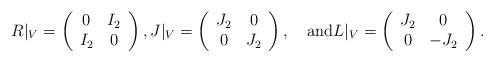
LaTeX: \begin{align*}R|_V=\left(\begin{array}{cc}0&I_2\\I_2&0\\\end{array}\right), J|_V=\left(\begin{array}{cc}J_2&0\\0&J_2\\\end{array}\right), \quad\hbox{and}L|_V=\left(\begin{array}{cc}J_2&0\\0&-J_2\\\end{array}\right).\end{align*}